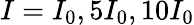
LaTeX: I=I_{0},5I_{0},10I_{0}